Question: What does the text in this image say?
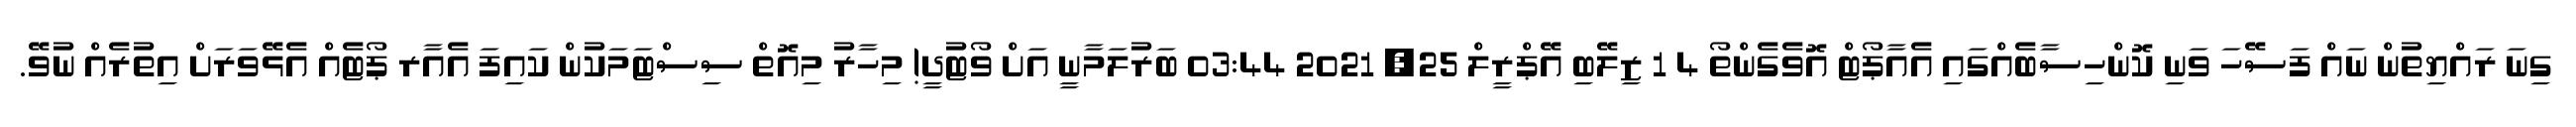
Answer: ގިނަ ރައްޔިތުން ނައް ފަސޭހަ ވަނި ކޮންހިސާބެއްގައި އެއާޕޯޓް އޮވެގެންތޯ 4 1 ޒިލޭބި އޭޕްރީލް 25, 2021 03:44 ބަރުލަމާނީ އަށް ވޯޓުދީ! މިހާރު މިއޮތް ސިސްޓަމަކުން ކައިފަ އެއާރ ޕޯޓެއް އެޅޭވަރަށް އިތުރެއް ނުވޭ.